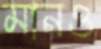
মানও